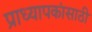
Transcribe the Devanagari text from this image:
प्राध्यापकांसाठी